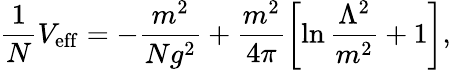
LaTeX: \frac{1}{N}V_{\mathrm{eff}}=-\frac{m^{2}}{Ng^{2}}+\frac{m^{2}}{4\pi}\left[\ln\frac{\Lambda^{2}}{m^{2}}+1\right],